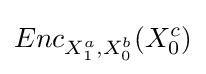
Enc_{X_{1}^{a},X_{0}^{b}}(X_{0}^{c})